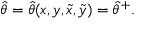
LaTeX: \hat { \theta } = \hat { \theta } ( x , y , \tilde { x } , \tilde { y } ) = \hat { \theta } ^ { + } .